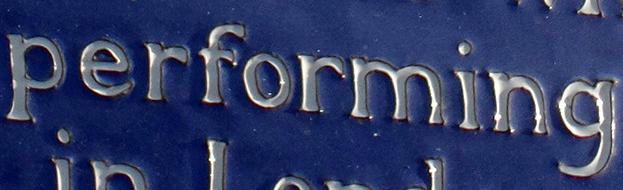
performing